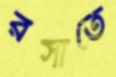
রসাতে